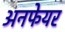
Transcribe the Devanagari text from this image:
अनफेयर